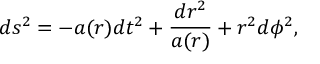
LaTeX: d s ^ { 2 } = - a ( r ) d t ^ { 2 } + \frac { d r ^ { 2 } } { a ( r ) } + r ^ { 2 } d \phi ^ { 2 } ,